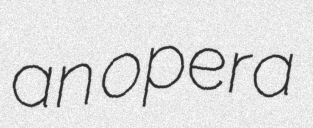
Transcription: an opera